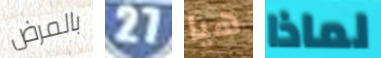
بالمرض 27 هيا لماذا